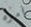
امره